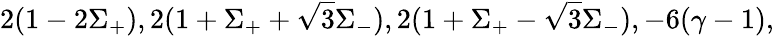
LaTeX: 2(1-2\Sigma_{+}),2(1+\Sigma_{+}+\sqrt{3}\Sigma_{-}),2(1+\Sigma_{+}-\sqrt{3}\Sigma_{-}),-6(\gamma-1),